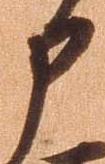
申